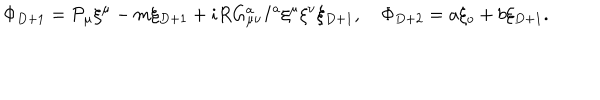
\Phi _ { D + 1 } = { \cal P } _ { \mu } \xi ^ { \mu } - m \xi _ { D + 1 } + i R G _ { \mu \nu } ^ { a } I ^ { a } \xi ^ { \mu } \xi ^ { \nu } \xi _ { D + 1 } , \quad \Phi _ { D + 2 } = a \xi _ { o } + b \xi _ { D + 1 } .